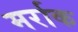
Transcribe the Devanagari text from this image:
मर्राक